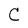
Character: C